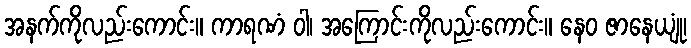
အနက်ကိုလည်းကောင်း။ ကာရဏံ ဝါ၊ အကြောင်းကိုလည်းကောင်း။ နေဝ ဇာနေယျုံ၊